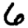
Digit: 6